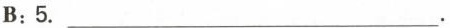
B:5.___.